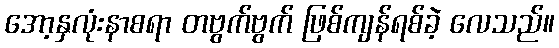
အော့နှလုံးနာစရာ တဗွက်ဗွက် ဖြစ်ကျန်ရစ်ခဲ့ လေသည်။